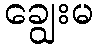
ချွေးမ